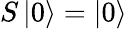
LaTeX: S\left|0\right\rangle=\left|0\right\rangle